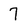
Character: 7